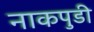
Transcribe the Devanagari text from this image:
नाकपुडी